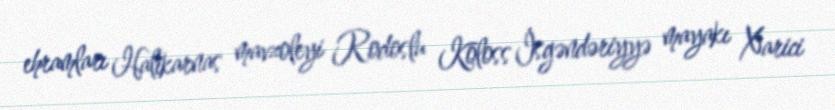
ehramları Halikarnas mavzoleyi Rodoslu Koloss İsgəndəriyyə mayakı Xarici